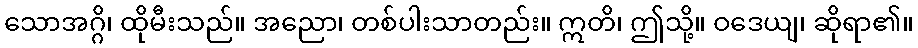
သောအဂ္ဂိ၊ ထိုမီးသည်။ အညော၊ တစ်ပါးသာတည်း။ ဣတိ၊ ဤသို့။ ဝဒေယျ၊ ဆိုရာ၏။